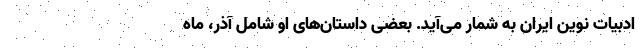
ادبیات نوین ایران به شمار می‌آید. بعضی داستان‌های او شامل آذر، ماه